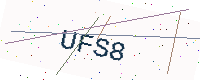
Text: UFS8